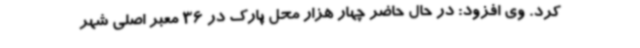
کرد. وی افزود: در حال حاضر چهار هزار محل پارک در 36 معبر اصلی شهر